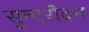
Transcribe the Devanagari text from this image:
सुन्दरौदन